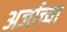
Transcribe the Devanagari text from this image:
अर्जाच्या